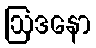
ဩဒနော